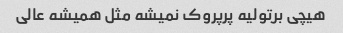
هیچی برتولیه پرپروک نمیشه مثل همیشه عالی